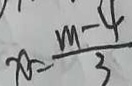
x = \frac { m - 4 } { 3 }